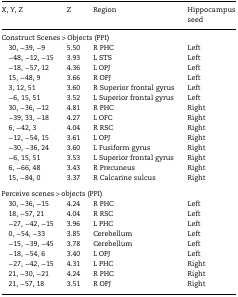
<table><thead><tr><td><b><i>X</i>, <i>Y</i>, <i>Z</i></b></td><td><b><i>Z</i></b></td><td><b>Region</b></td><td><b>Hippocampus seed</b></td></tr></thead><tbody><tr><td colspan="4">Construct Scenes &gt; Objects (PPI)</td></tr><tr><td> 30, −39, −9</td><td>5.50</td><td>R PHC</td><td>Left</td></tr><tr><td> −48, −12, −15</td><td>3.93</td><td>L STS</td><td>Left</td></tr><tr><td> −18, −57, 12</td><td>4.36</td><td>L OPJ</td><td>Left</td></tr><tr><td> 15, −48, 9</td><td>3.66</td><td>R OPJ</td><td>Left</td></tr><tr><td> 3, 12, 51</td><td>3.60</td><td>R Superior frontal gyrus</td><td>Left</td></tr><tr><td> −6, 15, 51</td><td>3.52</td><td>L Superior frontal gyrus</td><td>Left</td></tr><tr><td> 30, −36, −12</td><td>4.81</td><td>R PHC</td><td>Right</td></tr><tr><td> −39, 33, −18</td><td>4.27</td><td>L OFC</td><td>Right</td></tr><tr><td> 6, −42, 3</td><td>4.04</td><td>R RSC</td><td>Right</td></tr><tr><td> −12, −54, 15</td><td>3.61</td><td>L OPJ</td><td>Right</td></tr><tr><td> −30, −36, 24</td><td>3.60</td><td>L Fusiform gyrus</td><td>Right</td></tr><tr><td> −6, 15, 51</td><td>3.53</td><td>L Superior frontal gyrus</td><td>Right</td></tr><tr><td> 6, −66, 48</td><td>3.43</td><td>R Precuneus</td><td>Right</td></tr><tr><td> 15, −84, 0</td><td>3.37</td><td>R Calcarine sulcus</td><td>Right</td></tr><tr><td colspan="4">Perceive scenes &gt; objects (PPI)</td></tr><tr><td> 30, −36, −15</td><td>4.24</td><td>R PHC</td><td>Left</td></tr><tr><td> 18, −57, 21</td><td>4.04</td><td>R RSC</td><td>Left</td></tr><tr><td> −27, −42, −15</td><td>3.96</td><td>L PHC</td><td>Left</td></tr><tr><td> 0, −54, −33</td><td>3.85</td><td>Cerebellum</td><td>Left</td></tr><tr><td> −15, −39, −45</td><td>3.78</td><td>Cerebellum</td><td>Left</td></tr><tr><td> −18, −54, 6</td><td>3.40</td><td>L OPJ</td><td>Left</td></tr><tr><td> −27, −42, −15</td><td>4.31</td><td>L PHC</td><td>Right</td></tr><tr><td> 21, −30, −21</td><td>4.24</td><td>R PHC</td><td>Right</td></tr><tr><td> 21, −57, 18</td><td>3.51</td><td>R OPJ</td><td>Right</td></tr></tbody></table>